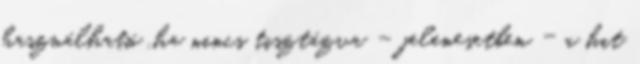
használható ,ha nincs tisztázva – jelenesetben - a hit